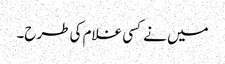
میں نے کسی غلام کی طرح۔